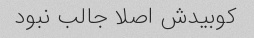
کوبیدش اصلا جالب نبود